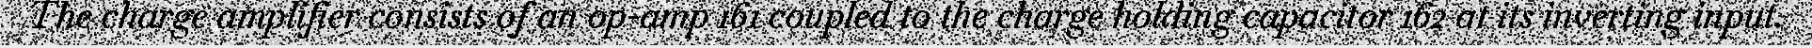
The charge amplifier consists of an op-amp 161 coupled to the charge holding capacitor 162 at its inverting input.